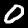
Label: 0